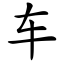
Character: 车